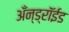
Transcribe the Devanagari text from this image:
अँन्ड्रॉईड